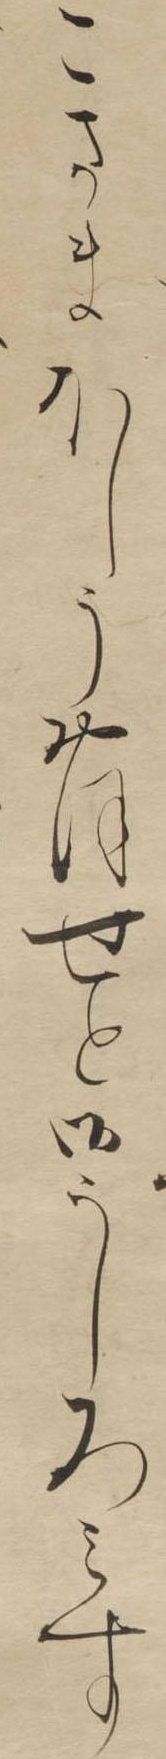
こさまほしうおほせと御うしろみす